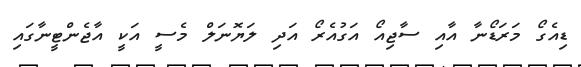
ޑިއެގޯ މަރަޑޯނާ އާއި ސާޖިއޯ އަގުއެރޯ އަދި ލަޔޮނަލް މެސީ އަކީ އާޖެންޓީނާގައި